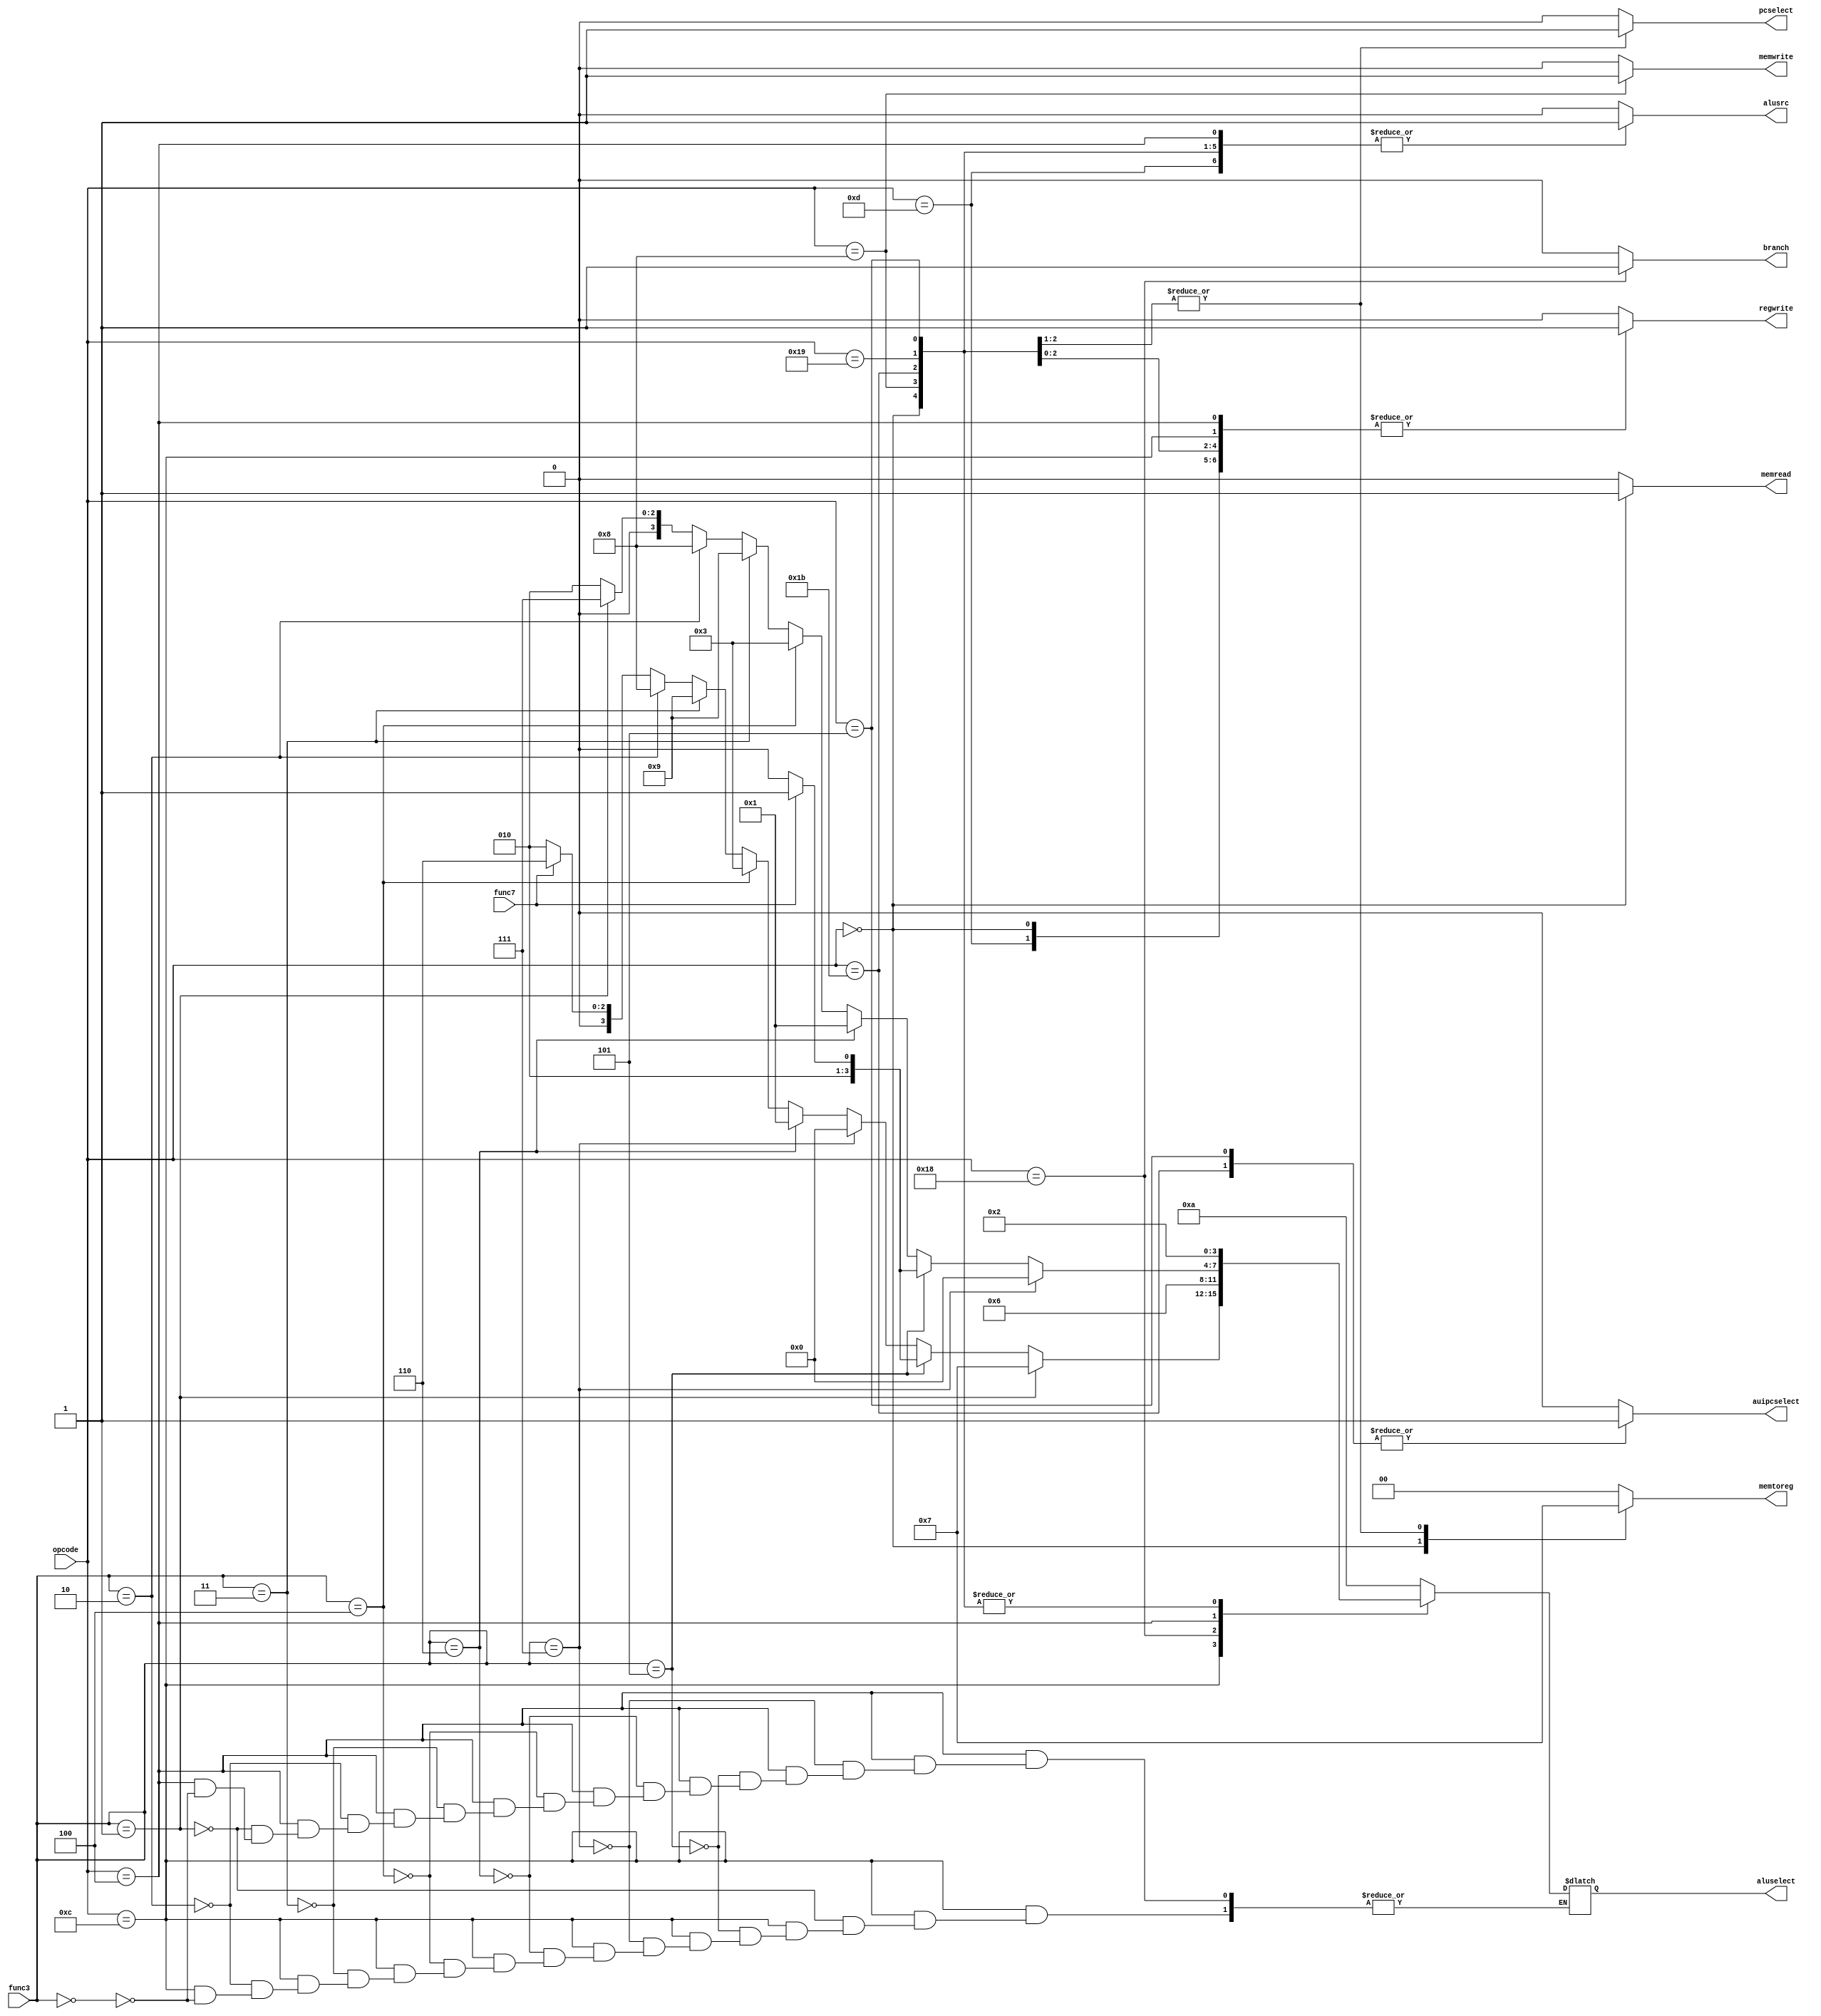
`timescale 1ns / 1ps

/*******************************************************************  
*  
* Module: CU.v  
* Project: SSRisc  
* Description: The control unit for the processor
*  
* Change history: 19/06/19 - created in lab  
*                 01/07/19 - edited the control signals and added more control signals
*                 02/07/19 - edited the control signals when testing / fixed typos
                           - found errors, and fixing them
*  **********************************************************************/ 

module CU(
input[4:0] opcode,
input func7, 
input [2:0] func3, 
output reg branch, memread, memwrite, alusrc, regwrite, pcselect, auipcselect,
output reg [1:0] memtoreg,
output reg [3:0] aluselect
);

//wire [4:0] i_opcode;
//wire [1:0] base; 

//assign i_opcode = opcode [6:2];
//assign base = opcode [1:0];

    always @(*) 
    begin
//    case (base)
//    2'b00:
//    begin
    
//    end
//    2'b01:
//    begin
    
//    end
//    2'b10:
//    begin
    
//    end
//    2'b11: 
//        begin
                case (opcode)
                    
                    //R-format
                    5'b01100 : 
                    begin
                        branch <= 0;
                        memread <= 0;
                        memwrite <= 0;
                        alusrc <= 0;
                        regwrite <=1;
                        memtoreg <= 00;
                        pcselect <= 0;
                        auipcselect <= 0; 
                        
                        if(func3== 3'b000)
                        begin 
                            if(func7 == 0)
                                aluselect = 4'b0010;
                        else 
                                aluselect = 4'b0110;
                        end
                       
                
                        //SLT
                        if(func3 == 3'b010)
                                aluselect = 4'b1000;
                        //SLTU 
                        if(func3 == 3'b011)
                                aluselect = 4'b1001;
                        //XOR
                        if(func3 == 3'b100)
                                aluselect = 4'b0011;
                        
                        //OR
                        if(func3 == 3'b110)
                                aluselect = 4'b0001; 
                        
                        //AND
                        if(func3 == 3'b111)
                        begin
                                aluselect = 4'b0000;
                        end    
                        
                        //SRL and SRA
                        if(func3 == 3'b101)
                        begin 
                            //SRL
                            if(func7 == 0)
                              aluselect = 4'b0100;
                            else
                            //SRA
                            aluselect = 4'b0101; 
                        end
                        
                        //SLL
                        if(func3 == 3'b001)
                            aluselect = 4'b0111;
            end
            
                    
                    //Load
                    5'b00000 : 
                     begin
                        branch <= 0;
                        memread <= 1;
                        aluselect <= 4'b0010;
                        memwrite <= 0;
                        alusrc <= 1;
                        regwrite <=1;
                        memtoreg <= 01;
                        pcselect <= 0;
                        auipcselect <= 0;
                        
                    end
                    
                    //S format
                    5'b01000 : 
                     begin
                       branch <= 0;
                       memread <= 0;
                       aluselect <= 4'b0010;
                       memwrite <= 1;
                       alusrc <= 1;
                       regwrite <=0;
                       memtoreg <= 00;
                       pcselect <= 0;
                       auipcselect <= 0;
                       
                     end
                    
                    //SB format
                    5'b11000 :
                    begin
                       branch <= 1;
                       memread <= 0;
                       aluselect <= 4'b0110;
                       memwrite <= 0;
                       alusrc <= 0;
                       regwrite <=0;
                       memtoreg <= 00;
                       pcselect <= 0;
                       auipcselect <= 0;
                       
                     end
                    
                       // I format 
                       5'b00100 :
                       begin
                          branch <= 0;
                          memread <= 0;
                          memwrite <= 0;
                          alusrc <= 1;
                          regwrite <= 1;
                          memtoreg <= 00;
                          pcselect <= 0;
                          auipcselect <= 0;
                          
             
                          //ADDI
                          if(func3 == 3'b000)
                              aluselect = 4'b0010;
                              
                            //SLLI
                            if(func3 == 3'b001)
                                aluselect = 4'b0111;
                     
                          //SLTI
                          if(func3 == 3'b010)
                              aluselect = 4'b1000;
                              
                          //SLTIU
                          if(func3 == 3'b011)
                              aluselect = 4'b1001;
                              
                          //XORI
                          if(func3 == 3'b100)
                              aluselect = 4'b0011;
                              
                          //ORI
                          if(func3 == 3'b110)
                              aluselect = 4'b0001;
                              
                        //Shift Immediates 
                        if(func3 == 3'b101)
                        begin 
                            if(func7 == 1'b1)
                            //SRAI
                                aluselect = 4'b0101; 
                            else
                            //SRLI
                                aluselect = 4'b0100; 
                        end
                          //ANDI
                          if(func3 == 3'b111)
                              aluselect = 4'b0000;
                              
            
                        end
                        
                        //U format (lui)
                        5'b01101:
                        begin
                            branch <= 0;
                            memread <= 0;
                            aluselect = 4'b1010; 
                            memwrite <= 0;
                            alusrc <= 1;
                            regwrite <= 1;
                            memtoreg <= 00;
                            pcselect <= 0;
                            auipcselect <= 0;
                            
                        end 
                        
                        //UJ format (jal)
                        5'b11011:
                        begin
                          branch <= 0;
                          memread <= 0;
                          aluselect = 4'b0010;
                          memwrite <= 0;
                          alusrc <= 1;
                          regwrite <= 1;
                          memtoreg <= 11;
                          pcselect <= 1;
                          auipcselect <= 1;
                          
                        end
                        
                        //jalr
                        5'b11001:
                        begin
                            branch <= 0;
                            memread <= 0;
                            aluselect = 4'b0010;
                            memwrite <= 0;
                            alusrc <= 1;
                            regwrite <= 1;
                            memtoreg <= 11;
                            pcselect <= 1;
                            auipcselect <= 0;
                        end
                        
                        //auipc
                        5'b00101:
                        begin
                            branch <= 0;
                            memread <= 0;
                            aluselect = 4'b0010;
                            memwrite <= 0;
                            alusrc <= 1;
                            regwrite <= 1;
                            memtoreg <= 00;
                            pcselect <= 0;
                            auipcselect <= 1;
                        end
                        
                        
                    default: 
                    begin
                       branch <= 0;
                       memread <= 0;
                       aluselect = 4'b1010;
                       memwrite <= 0;
                       alusrc <= 0;
                       regwrite <=0;
                       memtoreg <= 00;
                       pcselect <= 0;
                       auipcselect <= 0;
                       
                     end
                 endcase
         //    end
       //  endcase
     end
endmodule